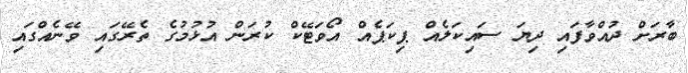
ބާރަށް ދުއްވާފައި ދިޔަ ސައިކަލެއް ޕިކަޕެއް އޯވަޓޭކް ކުރަން އުޅުމުގެ ތެރޭގައި ވޭނެއްގައި